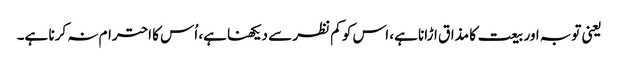
یعنی توبہ اور بیعت کا مذاق اڑانا ہے، اس کو کم نظر سے دیکھنا ہے، اُس کا احترام نہ کرنا ہے۔